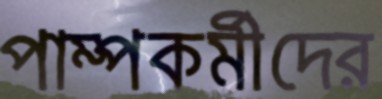
পাম্পকর্মীদের